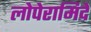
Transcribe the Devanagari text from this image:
लोपेरामिदे